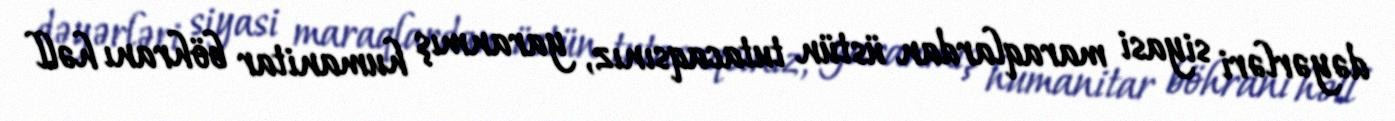
dəyərləri siyasi maraqlardan üstün tutacaqsınız, yaranmış humanitar böhranı həll